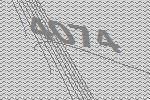
4074